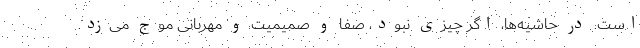
است. در حاشیه‌ها، اگر چیزی نبود، صفا و صمیمیت و مهربانی موج می‌زد.